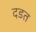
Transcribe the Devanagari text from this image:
दडत